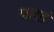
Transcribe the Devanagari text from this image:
पारडं